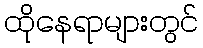
ထိုနေရာများတွင်